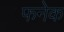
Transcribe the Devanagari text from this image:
फनेक